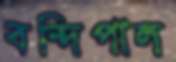
বন্দিপাল